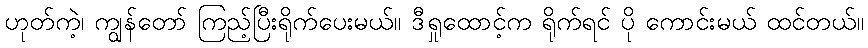
ဟုတ်ကဲ့၊ ကျွန်တော် ကြည့်ပြီးရိုက်ပေးမယ်။ ဒီရှုထောင့်က ရိုက်ရင် ပို ကောင်းမယ် ထင်တယ်။